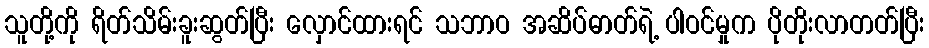
သူတို့ကို ရိတ်သိမ်းခူးဆွတ်ပြီး လှောင်ထားရင် သဘာဝ အဆိပ်ဓာတ်ရဲ့ ပါဝင်မှုက ပိုတိုးလာတတ်ပြီး